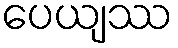
ပေယျဿ